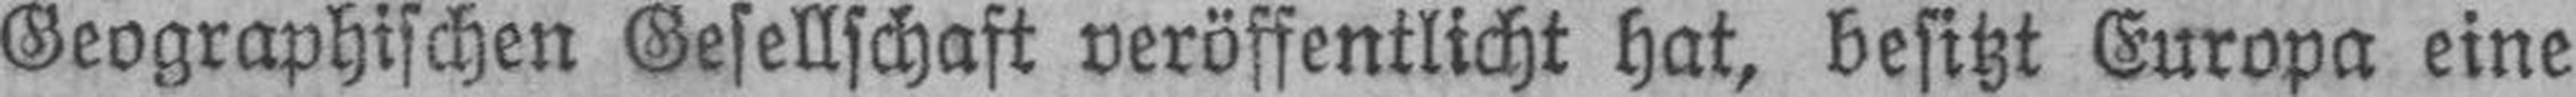
Geographischen Gesellschaft veröffentlicht hat, besitzt Europa eine